Annual administration report of the Civil Veterinary Department of India - 1897-1898
Year: 1897
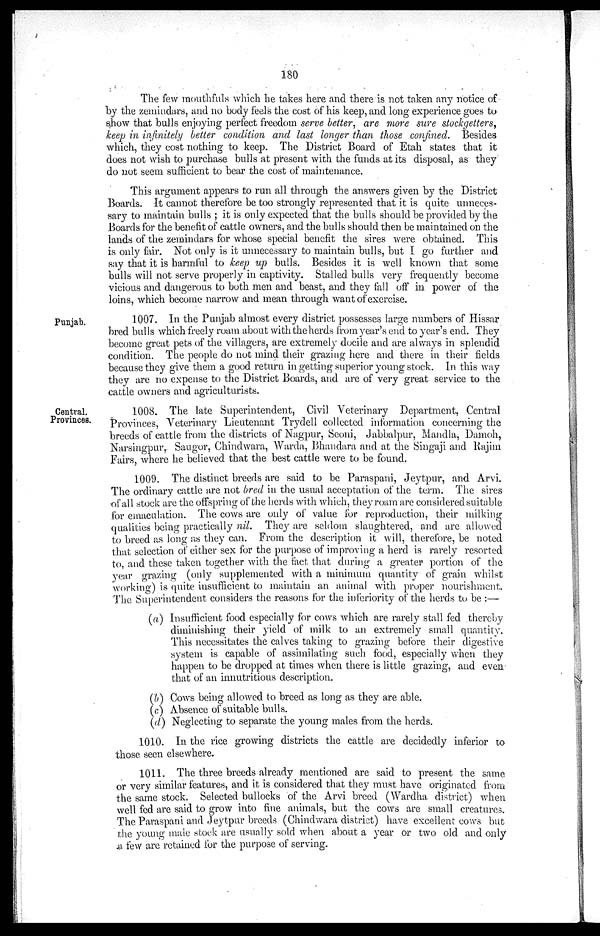
180
The few mouthfuls which he takes here and there is not taken any notice of
by the zemindars, and no body feels the cost of his keep, and long experience goes to
show that bulls enjoying perfect freedom serve better, are more sure stockgetters,
keep in infinitely better condition and last longer than those confined. Besides
which, they cost nothing to keep. The District Board of Etah states that it
does not wish to purchase bulls at present with the funds at its disposal, as they
do not seem sufficient to bear the cost of maintenance.
This argument appears to run all through the answers given by the District
Boards. It cannot therefore be too strongly represented that it is quite unneces-
sary to maintain bulls; it is only expected that the bulls should be provided by the
Boards for the benefit of cattle owners, and the bulls should then be maintained on the
lands of the zemindars for whose special benefit the sires were obtained. This
is only fair. Not only is it unnecessary to maintain bulls, but I go further and
say that it is harmful to keep up bulls. Besides it is well known that some
bulls will not serve properly in captivity. Stalled bulls very frequently become
vicious and dangerous to both men and beast, and they fall off in power of the
loins, which become narrow and mean through want of exercise.
Punjab.
1007. In the Punjab almost every district possesses large numbers of Hissar
bred bulls which freely roam about with the herds from year's end to year's end. They
become great pets of the villagers, are extremely docile and are always in splendid
condition. The people do not mind their grazing here and there in their fields
because they give them a good return in getting superior young stock. In this way
they are no expense to the District Boards, and are of very great service to the
cattle owners and agriculturists.
Central.
Provinces.
1008. The late Superintendent, Civil Veterinary Department, Central
Provinces, Veterinary Lieutenant Trydell collected information concerning the
breeds of cattle from the districts of Nagpur, Seoni, Jabbalpur, Mandla, Domoh,
Narsingpur, Saugor, Chindwara, Warda, Bhandara and at the Singaji and Rajim
Fairs, where he believed that the best cattle were to be found.
1009. The distinct breeds are said to be Paraspani, Jeytpur, and Arvi.
The ordinary cattle are not bred in the usual acceptation of the term. The sires
of all stock are the offspring of the herds with which, they roam are considered suitable
for emaculation. The cows are only of value for reproduction, their milking
qualities being practically nil. They are seldom slaughtered, and are allowed
to breed as long as they can. From the description it will, therefore, be noted
that selection of either sex for the purpose of improving a herd is rarely resorted
to, and these taken together with the fact that during a greater portion of the
year grazing (only supplemented with a minimum quantity of grain whilst
working) is quite insufficient to maintain an animal with proper nourishment.
The Superintendent considers the reasons for the inferiority of the herds to be:—
(a) Insufficient food especially for cows which are rarely stall fed thereby
diminishing their yield of milk to an extremely small quantity.
This necessitates the calves taking to grazing before their digestive
system is capable of assimilating such food, especially when they
happen to be dropped at times when there is little grazing, and even
that of an innutritious description.
(b) Cows being allowed to breed as long as they are able.
(c) Absence of suitable bulls.
(d) Neglecting to separate the young males from the herds.
1010. In the rice growing districts the cattle are decidedly inferior to
those seen elsewhere.
1011. The three breeds already mentioned are said to present the same
or very similar features, and it is considered that they must have originated from
the same stock. Selected bullocks of the Arvi breed (Wardha district) when
well fed are said to grow into fine animals, but the cows are small creatures.
The Paraspani and Jeytpur breeds (Chindwara district) have excellent cows but
the young male stock are usually sold when about a year or two old and only
a few are retained for the purpose of serving.